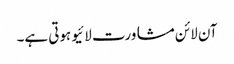
آن لائن مشاورت لائیو ہوتی ہے۔